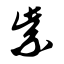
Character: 紫